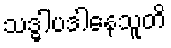
သဒ္ဓါပဒါနေသူတိ